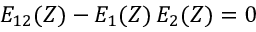
E _ { 1 2 } ( Z ) - E _ { 1 } ( Z ) \, E _ { 2 } ( Z ) = 0